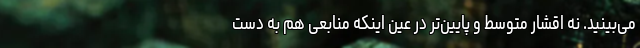
می‌بینید. نه اقشار متوسط و پایین‌تر در عین اینکه منابعی هم به دست